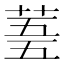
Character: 𮏓